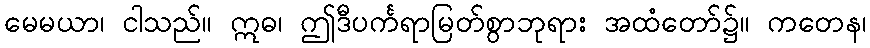
မေမယာ၊ ငါသည်။ ဣဓ၊ ဤဒီပင်္ကရာမြတ်စွာဘုရား အထံတော်၌။ ကတေန၊